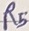
Text: R5